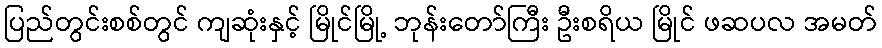
ပြည်တွင်းစစ်တွင် ကျဆုံးနှင့် မြိုင်မြို့ ဘုန်းတော်ကြီး ဦးစရိယ မြိုင် ဖဆပလ အမတ်